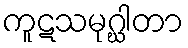
ကူဋသမုဂ္ဃါတာ